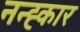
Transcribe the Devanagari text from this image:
नन्ह्कार